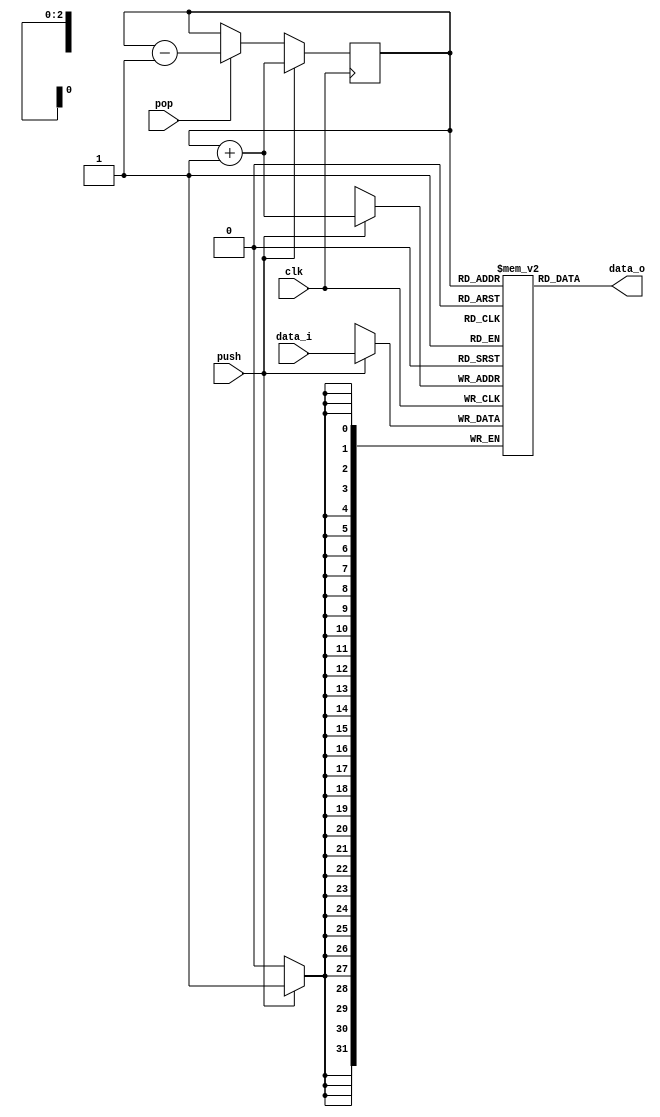
module raycast_stack
	(
		clk,
		push, pop,
		data_i, data_o
/*		done*/
	);

	// = Parameters =
	parameter dw = 32;
	parameter depth = 8;
	parameter depth_log2 = 3;
	// --

	// = Ports =
	input clk;

	input push;
	input pop;

	input [dw-1:0] data_i;
	output [dw-1:0] data_o;

/*	output done;*/
	// --

	// = Memories =
	reg [dw-1:0] stack_data[0:depth-1];
	reg [depth_log2-1:0] stack_ptr = 0;
	// --

	// -- Shift-register based stack --
	// assign data_o = stack_data[0];
	// integer i;
	// always @(posedge clk)
	// begin
	// 	if (push) begin
	// 		for (i=1;i<depth;i=i+1) begin
	// 			stack_data[i] <= stack_data[i-1];
	// 		end
	// 		stack_data[0] <= data_i;
	// 	end
	// 	else if (pop) begin
	// 		for (i=1;i<depth;i=i+1) begin
	// 			stack_data[i-1] <= stack_data[i];
	// 		end
	// 	end
	// end

	// -- Memory based stack --
	// We trust this operation to wrap around depth
	wire [depth_log2-1:0] stack_ptr_inc = stack_ptr + 1;
	wire [depth_log2-1:0] stack_ptr_dec = stack_ptr - 1;
	assign data_o = stack_data[stack_ptr];
	always @(posedge clk)
	begin
		if (push) begin
			stack_data[stack_ptr_inc] <= data_i;
			stack_ptr <= stack_ptr_inc;
		end
		else if (pop) begin
			stack_ptr <= stack_ptr_dec;
		end
	end



endmodule